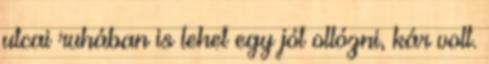
utcai ruhában is lehet egy jót ollózni, kár volt.